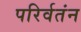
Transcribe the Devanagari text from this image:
परिर्वतंन